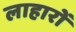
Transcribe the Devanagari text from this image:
लाहारों